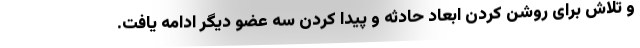
و تلاش برای روشن کردن ابعاد حادثه و پیدا کردن سه عضو دیگر ادامه یافت.